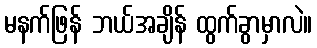
မနက်ဖြန် ဘယ်အချိန် ထွက်ခွာမှာလဲ။